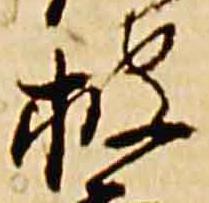
披